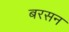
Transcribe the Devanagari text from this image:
बरसन